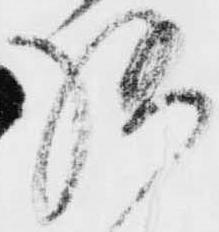
様